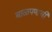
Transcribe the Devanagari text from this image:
बाळपणाची